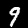
Digit: 9